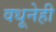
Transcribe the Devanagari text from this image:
वधूनेही